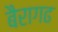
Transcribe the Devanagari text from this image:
बैरागढ